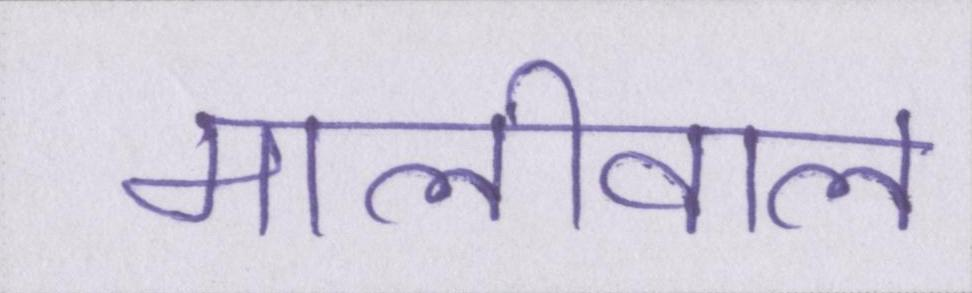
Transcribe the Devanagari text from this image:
मालीवाल